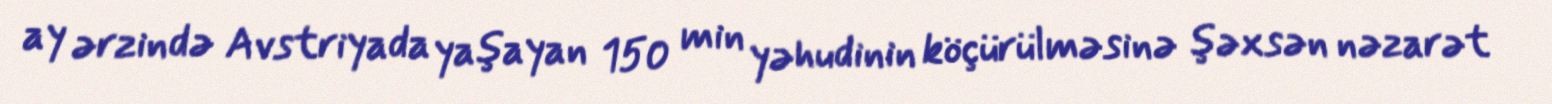
ay ərzində Avstriyada yaşayan 150 min yəhudinin köçürülməsinə şəxsən nəzarət